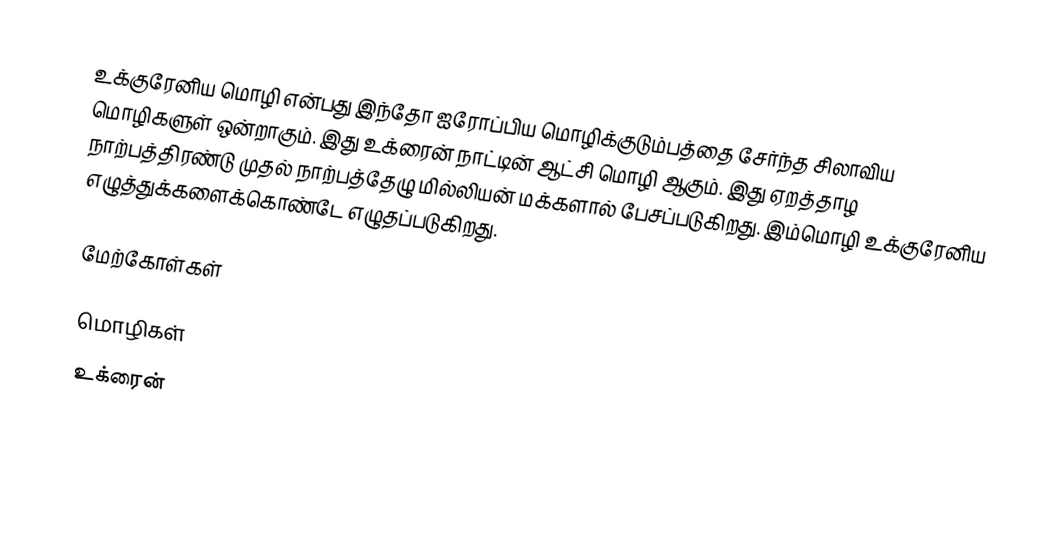
உக்குரேனிய மொழி என்பது இந்தோ ஐரோப்பிய மொழிக்குடும்பத்தை சேர்ந்த சிலாவிய மொழிகளுள் ஒன்றாகும். இது உக்ரைன் நாட்டின் ஆட்சி மொழி ஆகும். இது ஏறத்தாழ நாற்பத்திரண்டு முதல் நாற்பத்தேழு மில்லியன் மக்களால் பேசப்படுகிறது. இம்மொழி உக்குரேனிய எழுத்துக்களைக்கொண்டே எழுதப்படுகிறது.

மேற்கோள்கள்

மொழிகள்
உக்ரைன்